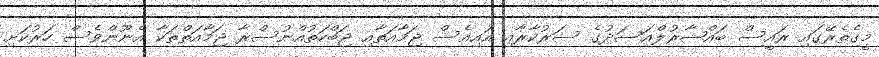
މީގެތެރޭގައި ރައީސް ބައްޝާރުލްއަސަދުގެ ސަރުކާރާއި އައިއެސް ޖަމާއަތާއި ޖަބްހަތުއްނުސްރާ ޖަމާއަތްތަކާ އެނޫންވެސް ހަރުކަށި